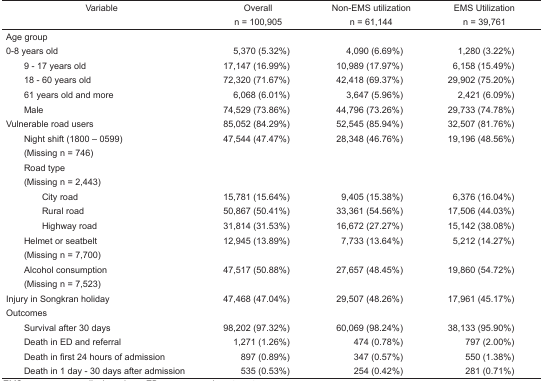
<table><thead><tr><td><b>Variable</b></td><td><b>Overalln = 100,905</b></td><td><b>Non-EMS utilizationn = 61,144</b></td><td><b>EMS Utilizationn = 39,761</b></td></tr></thead><tbody><tr><td colspan="4">Age group</td></tr><tr><td>0–8 years old</td><td>5,370 (5.32%)</td><td>4,090 (6.69%)</td><td>1,280 (3.22%)</td></tr><tr><td> 9 – 17 years old</td><td>17,147 (16.99%)</td><td>10,989 (17.97%)</td><td>6,158 (15.49%)</td></tr><tr><td> 18 – 60 years old</td><td>72,320 (71.67%)</td><td>42,418 (69.37%)</td><td>29,902 (75.20%)</td></tr><tr><td> 61 years old and more</td><td>6,068 (6.01%)</td><td>3,647 (5.96%)</td><td>2,421 (6.09%)</td></tr><tr><td> Male</td><td>74,529 (73.86%)</td><td>44,796 (73.26%)</td><td>29,733 (74.78%)</td></tr><tr><td>Vulnerable road users</td><td>85,052 (84.29%)</td><td>52,545 (85.94%)</td><td>32,507 (81.76%)</td></tr><tr><td> Night shift (1800 – 0599) (Missing n = 746)</td><td>47,544 (47.47%)</td><td>28,348 (46.76%)</td><td>19,196 (48.56%)</td></tr><tr><td colspan="4"> Road type (Missing n = 2,443)</td></tr><tr><td>City road</td><td>15,781 (15.64%)</td><td>9,405 (15.38%)</td><td>6,376 (16.04%)</td></tr><tr><td>Rural road</td><td>50,867 (50.41%)</td><td>33,361 (54.56%)</td><td>17,506 (44.03%)</td></tr><tr><td>Highway road</td><td>31,814 (31.53%)</td><td>16,672 (27.27%)</td><td>15,142 (38.08%)</td></tr><tr><td> Helmet or seatbelt (Missing n = 7,700)</td><td>12,945 (13.89%)</td><td>7,733 (13.64%)</td><td>5,212 (14.27%)</td></tr><tr><td> Alcohol consumption (Missing n = 7,523)</td><td>47,517 (50.88%)</td><td>27,657 (48.45%)</td><td>19,860 (54.72%)</td></tr><tr><td>Injury in Songkran holiday</td><td>47,468 (47.04%)</td><td>29,507 (48.26%)</td><td>17,961 (45.17%)</td></tr><tr><td colspan="4">Outcomes</td></tr><tr><td> Survival after 30 days</td><td>98,202 (97.32%)</td><td>60,069 (98.24%)</td><td>38,133 (95.90%)</td></tr><tr><td> Death in ED and referral</td><td>1,271 (1.26%)</td><td>474 (0.78%)</td><td>797 (2.00%)</td></tr><tr><td> Death in first 24 hours of admission</td><td>897 (0.89%)</td><td>347 (0.57%)</td><td>550 (1.38%)</td></tr><tr><td> Death in 1 day – 30 days after admission</td><td>535 (0.53%)</td><td>254 (0.42%)</td><td>281 (0.71%)</td></tr></tbody></table>